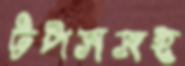
টপসসহ